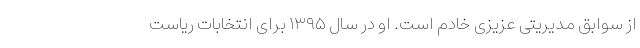
از سوابق مدیریتی عزیزی خادم است. او در سال ۱۳۹۵ برای انتخابات ریاست